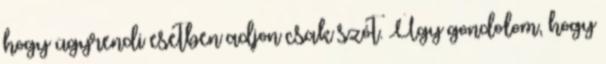
hogy ügyrendi esetben adjon csak szót. Úgy gondolom, hogy